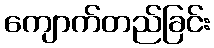
ကျောက်တည်ခြင်း